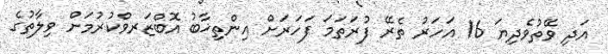
އަދި ވޭތުވެދިޔަ 16 އަހަރު ތެރޭ ފުރަތަމަ ފަހަރަށް އިންތިޚާބު އޮބްޒަރވްކުރުމަށް ވިލާތުގެ